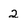
Character: 2